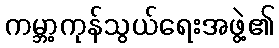
ကမ္ဘာ့ကုန်သွယ်ရေးအဖွဲ့၏